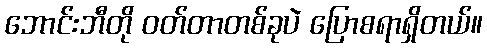
ဘောင်းဘီတို ဝတ်တာတစ်ခုပဲ ပြောစရာရှိတယ်။